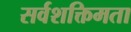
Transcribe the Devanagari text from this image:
सर्वशक्तिमता